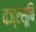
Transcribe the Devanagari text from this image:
वज्रसूचि